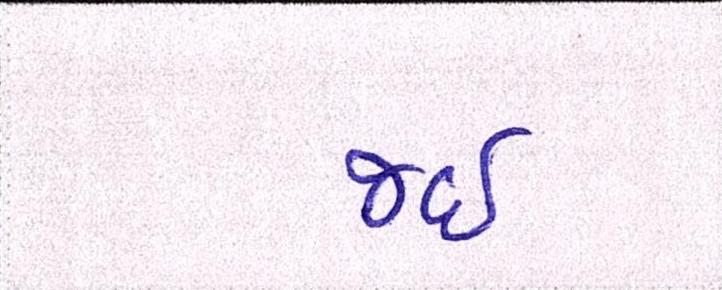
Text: જઈ